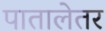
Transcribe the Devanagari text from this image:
पातालेतर